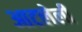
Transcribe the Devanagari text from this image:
आटलेली